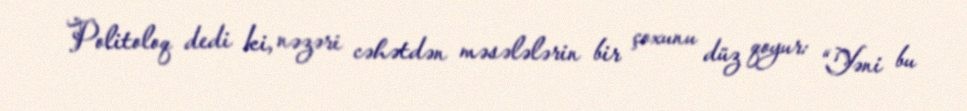
Politoloq dedi ki, nəzəri cəhətdən məsələlərin bir çoxunu düz qoyur: “Yəni bu